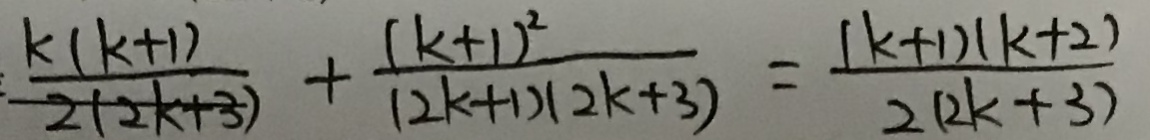
\frac { k ( k + 1 ) } { 2 ( 2 k + 3 ) } + \frac { ( k + 1 ) ^ { 2 } } { ( 2 k + 1 ) ( 2 k + 3 ) } = \frac { ( k + 1 ) ( k + 2 ) } { 2 ( 2 k + 3 k ) }